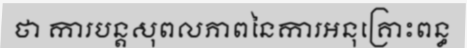
ថា ការបន្តសុពលភាពនៃការអនុគ្រោះពន្ធ